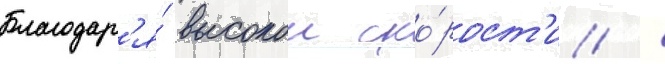
Благодар'я́ высокои ско́рост'и /